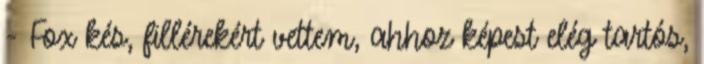
- Fox kés, fillérekért vettem, ahhoz képest elég tartós,